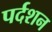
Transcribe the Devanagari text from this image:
पर्दशन